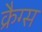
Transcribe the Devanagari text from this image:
क्रैग्स